system: You are a helpful assistant.
user:
Analyze the provided spectrum to determine if it is a **Carbon Star (C-type)**.

- **Key Visual Indicators of Carbon Star:**
    - **(Primary):** Strong molecular absorption from **C₂ (diatomic carbon) "Swan Bands."** This is the **defining feature** of a carbon star.
        - **(Key Bandheads):** Sharp absorption edges are visible at approximately $5635$ Å, $5165$ Å (the strongest band), and $4737$ Å.
        - **(Line Profile):** Creates a distinct **"saw-tooth"** pattern. The key morphology is a sharp, steep bandhead on the **red (long-wavelength) side**, which then gradually tapers off (i.e., flux recovers) towards the **blue (short-wavelength) side**. *(This is the direct opposite of the TiO bands seen in M-type stars)*.

    - **(Secondary):** Intense **CN (cyanogen)** molecular absorption bands.
        - **(Key Bandheads):** Located in the blue and violet regions of the spectrum (e.g., near $4215$ Å and $3883$ Å).
        - **(Morphology):** These bands are extremely broad and act as a "blanket," absorbing the vast majority of blue and violet light. This creates a characteristic **"cliff"** or **"steep drop-off"** in the spectrum's flux at short wavelengths.

    - **(Key Confirmation):** Strong **CH absorption band (G-band)**.
        - **(Key Bandhead):** Located around $4300$ Å. The contribution from CH molecules to this band is exceptionally strong.

    - **(Overall Spectrum):**
        - The continuum is severely "chopped up" by these deep molecular bands, especially C₂, rather than appearing as a smooth curve.
        - Due to the heavy CN and C₂ absorption in the blue-green, the vast majority of the star's flux is concentrated in the red part of the spectrum, giving the star its characteristic deep red color.

Think first, call **spectral_visualization_tool** if needed to examine features in detail, then provide your final answer. Your response must adhere to the following strict rules:
1.  **Overall Structure:** Your response must follow the format `<think>...</think> <tool_call>...</tool_call> (if a tool is used) <answer>...</answer>`.
2.  **Tool Usage Constraint:** You may only make **one** tool call per turn.
3.  **Final Answer Format:** In the `<answer>` tag, your conclusion must be inside a `\boxed{}` command (e.g., `\boxed{YES}`), followed by your justification.

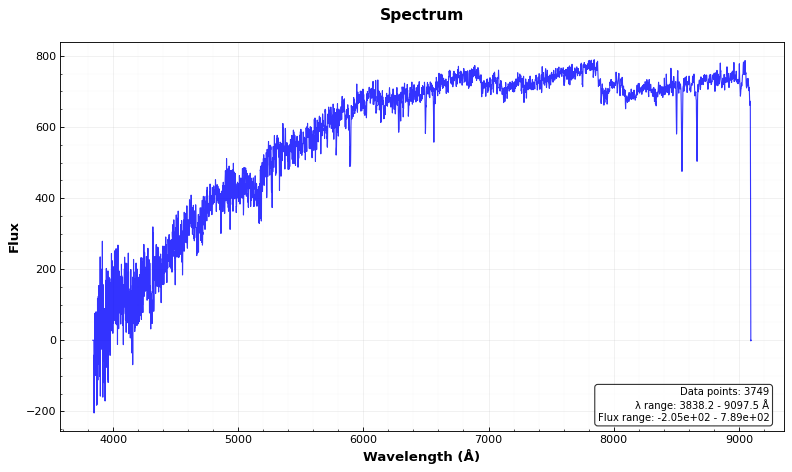
Answer: YES